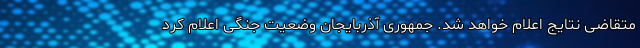
متقاضی نتایج اعلام خواهد شد. جمهوری آذربایجان وضعیت جنگی اعلام کرد